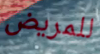
للمريض